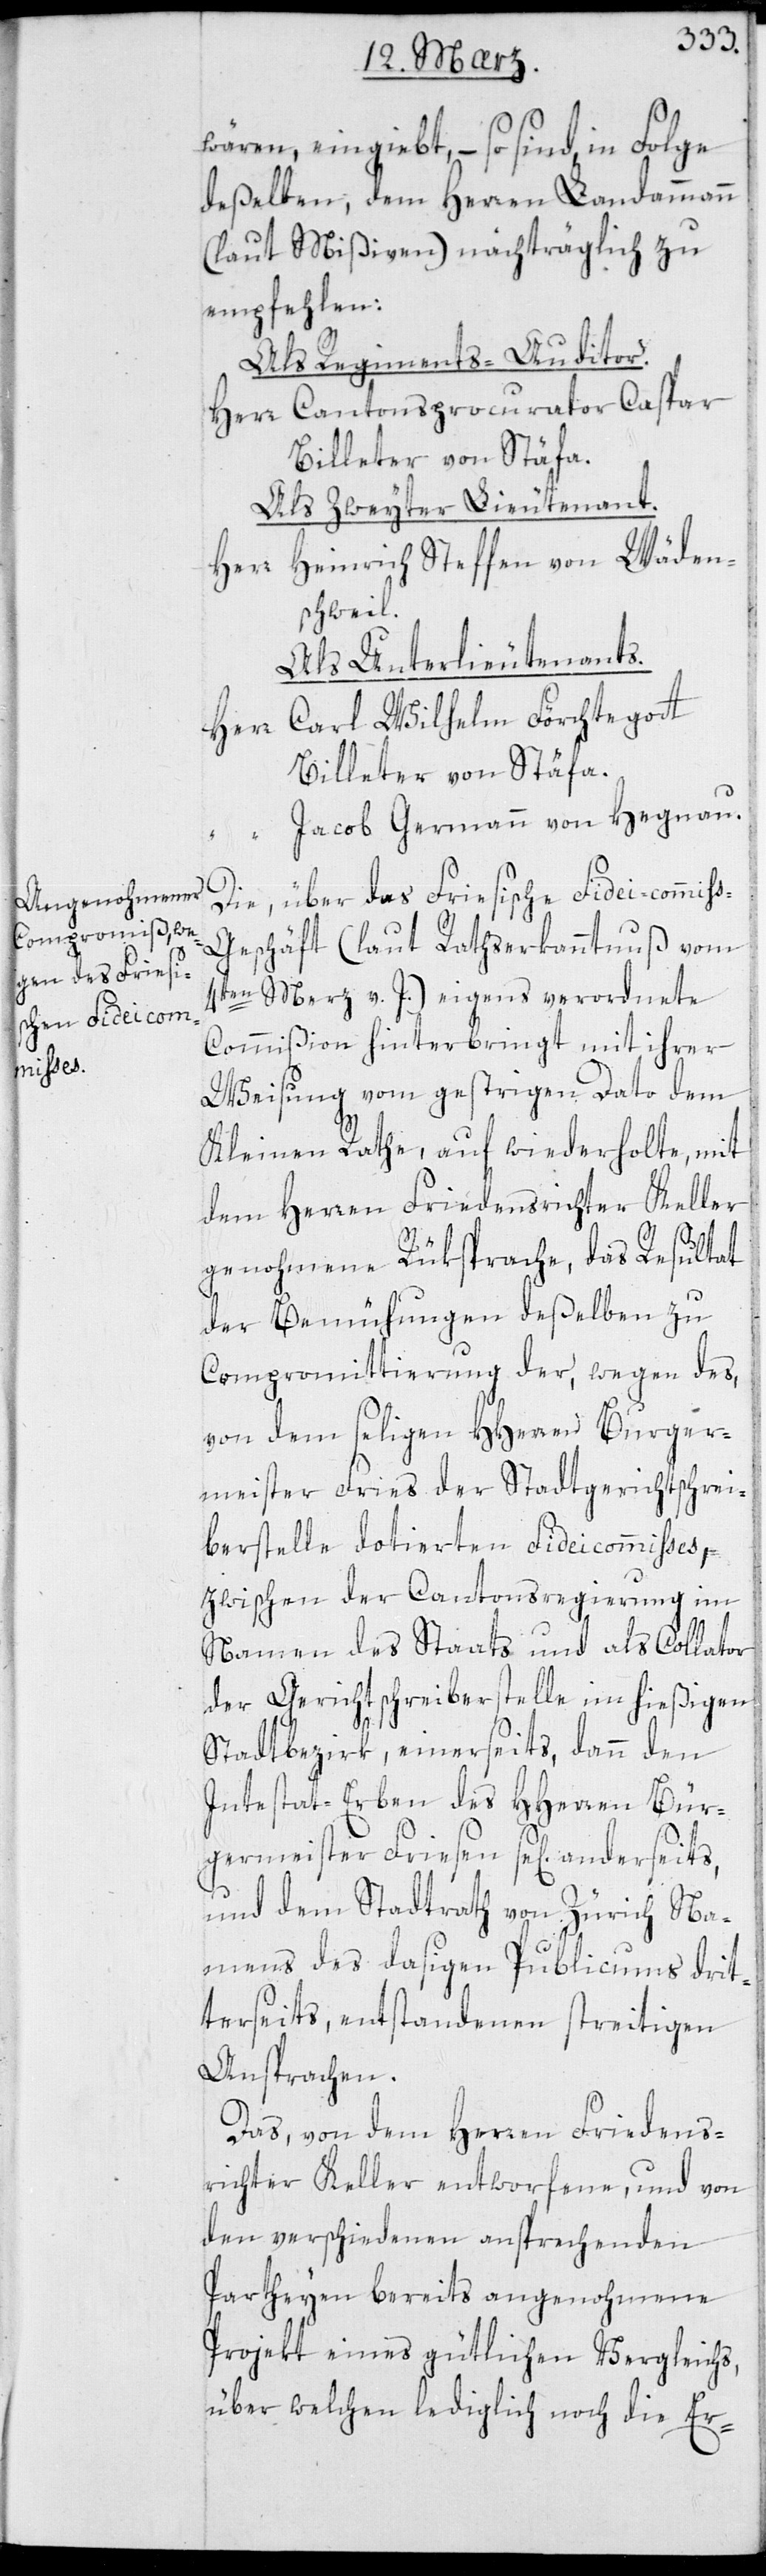
wären, eingiebt, – so sind in Folge
deßelben, dem Herren Landammann
(laut Mißiven) nachträglich zu
empfehlen:
Als Regiments-Auditor.
Herr Cantonsprocurator Caspar
Billeter von Stäfa.
Als zweyter Lieutenant.
Herr Heinrich Steffen von Wäden¬
schweil.
Als Unterlieutenants.
Herr Carl Wilhelm Förchtegott
Billeter von Stäfa.
Jacob Germann von Hegnau.
Die über das Friesische Fidei-commi¬
ß-Geschäft (laut Rathserkanntnuß vom
4ten Merz v. J.) eigens verordnete
Commißion hinterbringt mit ihrer
Weisung vom gestrigen Dato dem
Kleinen Rathe, auf wiederholte, mit
dem Herren Friedensrichter Keller
genohmene Rüksprache, das Resultat
der Bemühungen deßelben zu
Compromittierung der, wegen des
von dem seligen HHerren Burger¬
meister Fries der Stadtgerichtschrei¬
berstelle dotierten Fideicommisses,
zwischen der Cantonsregierung im
Namen des Staats und als Collator
der Gerichtschreiberstelle im hießigen
Stadtbezirk, einerseits, dann den
Intestat-Erben des HHerren Bür¬
germeister Friesen sel. anderseits,
und dem Stadtrathvon Zürich Na¬
mens des dasigen Publicums drit¬
terseits, entstandenen streitigen
Ansprachen.
Das, von dem Herren Friedens¬
richter Keller entworfene, und von
den verschiedenen ansprechenden
Parteyen bereits angenommene
Projekt eines gütlichen Vergleichs,
über welchen lediglich noch die Er-